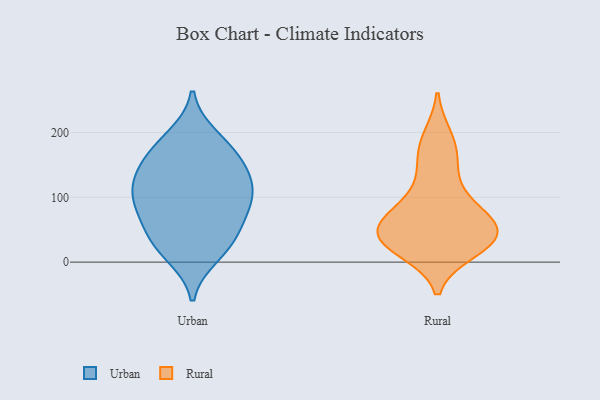
{"axis": {"x": "Demand Index", "y": "Value"}, "legend": ["Rural", "Urban"], "data": [{"x": "", "y": 23, "type": "Urban"}, {"x": "", "y": 159, "type": "Urban"}, {"x": "", "y": 99, "type": "Urban"}, {"x": "", "y": 11, "type": "Urban"}, {"x": "", "y": 193, "type": "Urban"}, {"x": "", "y": 129, "type": "Urban"}, {"x": "", "y": 127, "type": "Urban"}, {"x": "", "y": 179, "type": "Urban"}, {"x": "", "y": 157, "type": "Urban"}, {"x": "", "y": 92, "type": "Urban"}, {"x": "", "y": 118, "type": "Urban"}, {"x": "", "y": 75, "type": "Urban"}, {"x": "", "y": 38, "type": "Urban"}, {"x": "", "y": 85, "type": "Urban"}, {"x": "", "y": 44, "type": "Urban"}, {"x": "", "y": 38, "type": "Rural"}, {"x": "", "y": 30, "type": "Rural"}, {"x": "", "y": 73, "type": "Rural"}, {"x": "", "y": 44, "type": "Rural"}, {"x": "", "y": 65, "type": "Rural"}, {"x": "", "y": 31, "type": "Rural"}, {"x": "", "y": 19, "type": "Rural"}, {"x": "", "y": 140, "type": "Rural"}, {"x": "", "y": 192, "type": "Rural"}, {"x": "", "y": 39, "type": "Rural"}, {"x": "", "y": 99, "type": "Rural"}, {"x": "", "y": 66, "type": "Rural"}, {"x": "", "y": 170, "type": "Rural"}]}